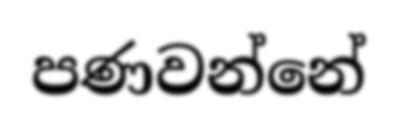
පණවන්නේ